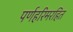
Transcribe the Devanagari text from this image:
पर्णहरिमरहित